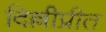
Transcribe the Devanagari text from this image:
दिल्लीप्रीत